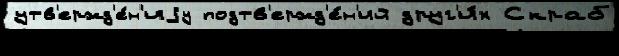
утв'ержд'е́н'иjу подтв'ержд'е́н'ий друг'и́х Скраб